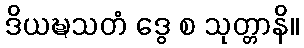
ဒိယဍ္ဎသတံ ဒွေ စ သုတ္တာနိ။